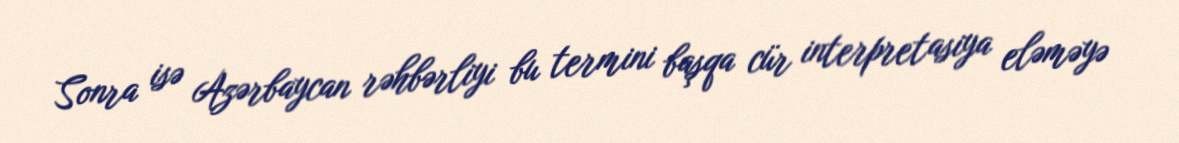
Sonra isə Azərbaycan rəhbərliyi bu termini başqa cür interpretasiya eləməyə